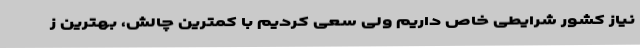
نیاز کشور شرایطی خاص داریم ولی سعی کردیم با کمترین چالش، بهترین ز